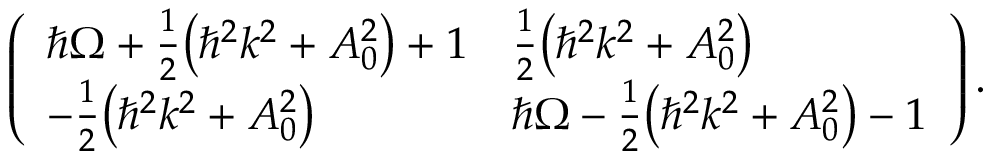
\left( \begin{array} { l l } { \hbar \Omega + { \frac { 1 } { 2 } } { \left( \hbar ^ { 2 } k ^ { 2 } + A _ { 0 } ^ { 2 } \right) } + 1 } & { { \frac { 1 } { 2 } } { \left( \hbar ^ { 2 } k ^ { 2 } + A _ { 0 } ^ { 2 } \right) } } \\ { - { \frac { 1 } { 2 } } { \left( \hbar ^ { 2 } k ^ { 2 } + A _ { 0 } ^ { 2 } \right) } } & { \hbar \Omega - { \frac { 1 } { 2 } } { \left( \hbar ^ { 2 } k ^ { 2 } + A _ { 0 } ^ { 2 } \right) } - 1 } \end{array} \right) .